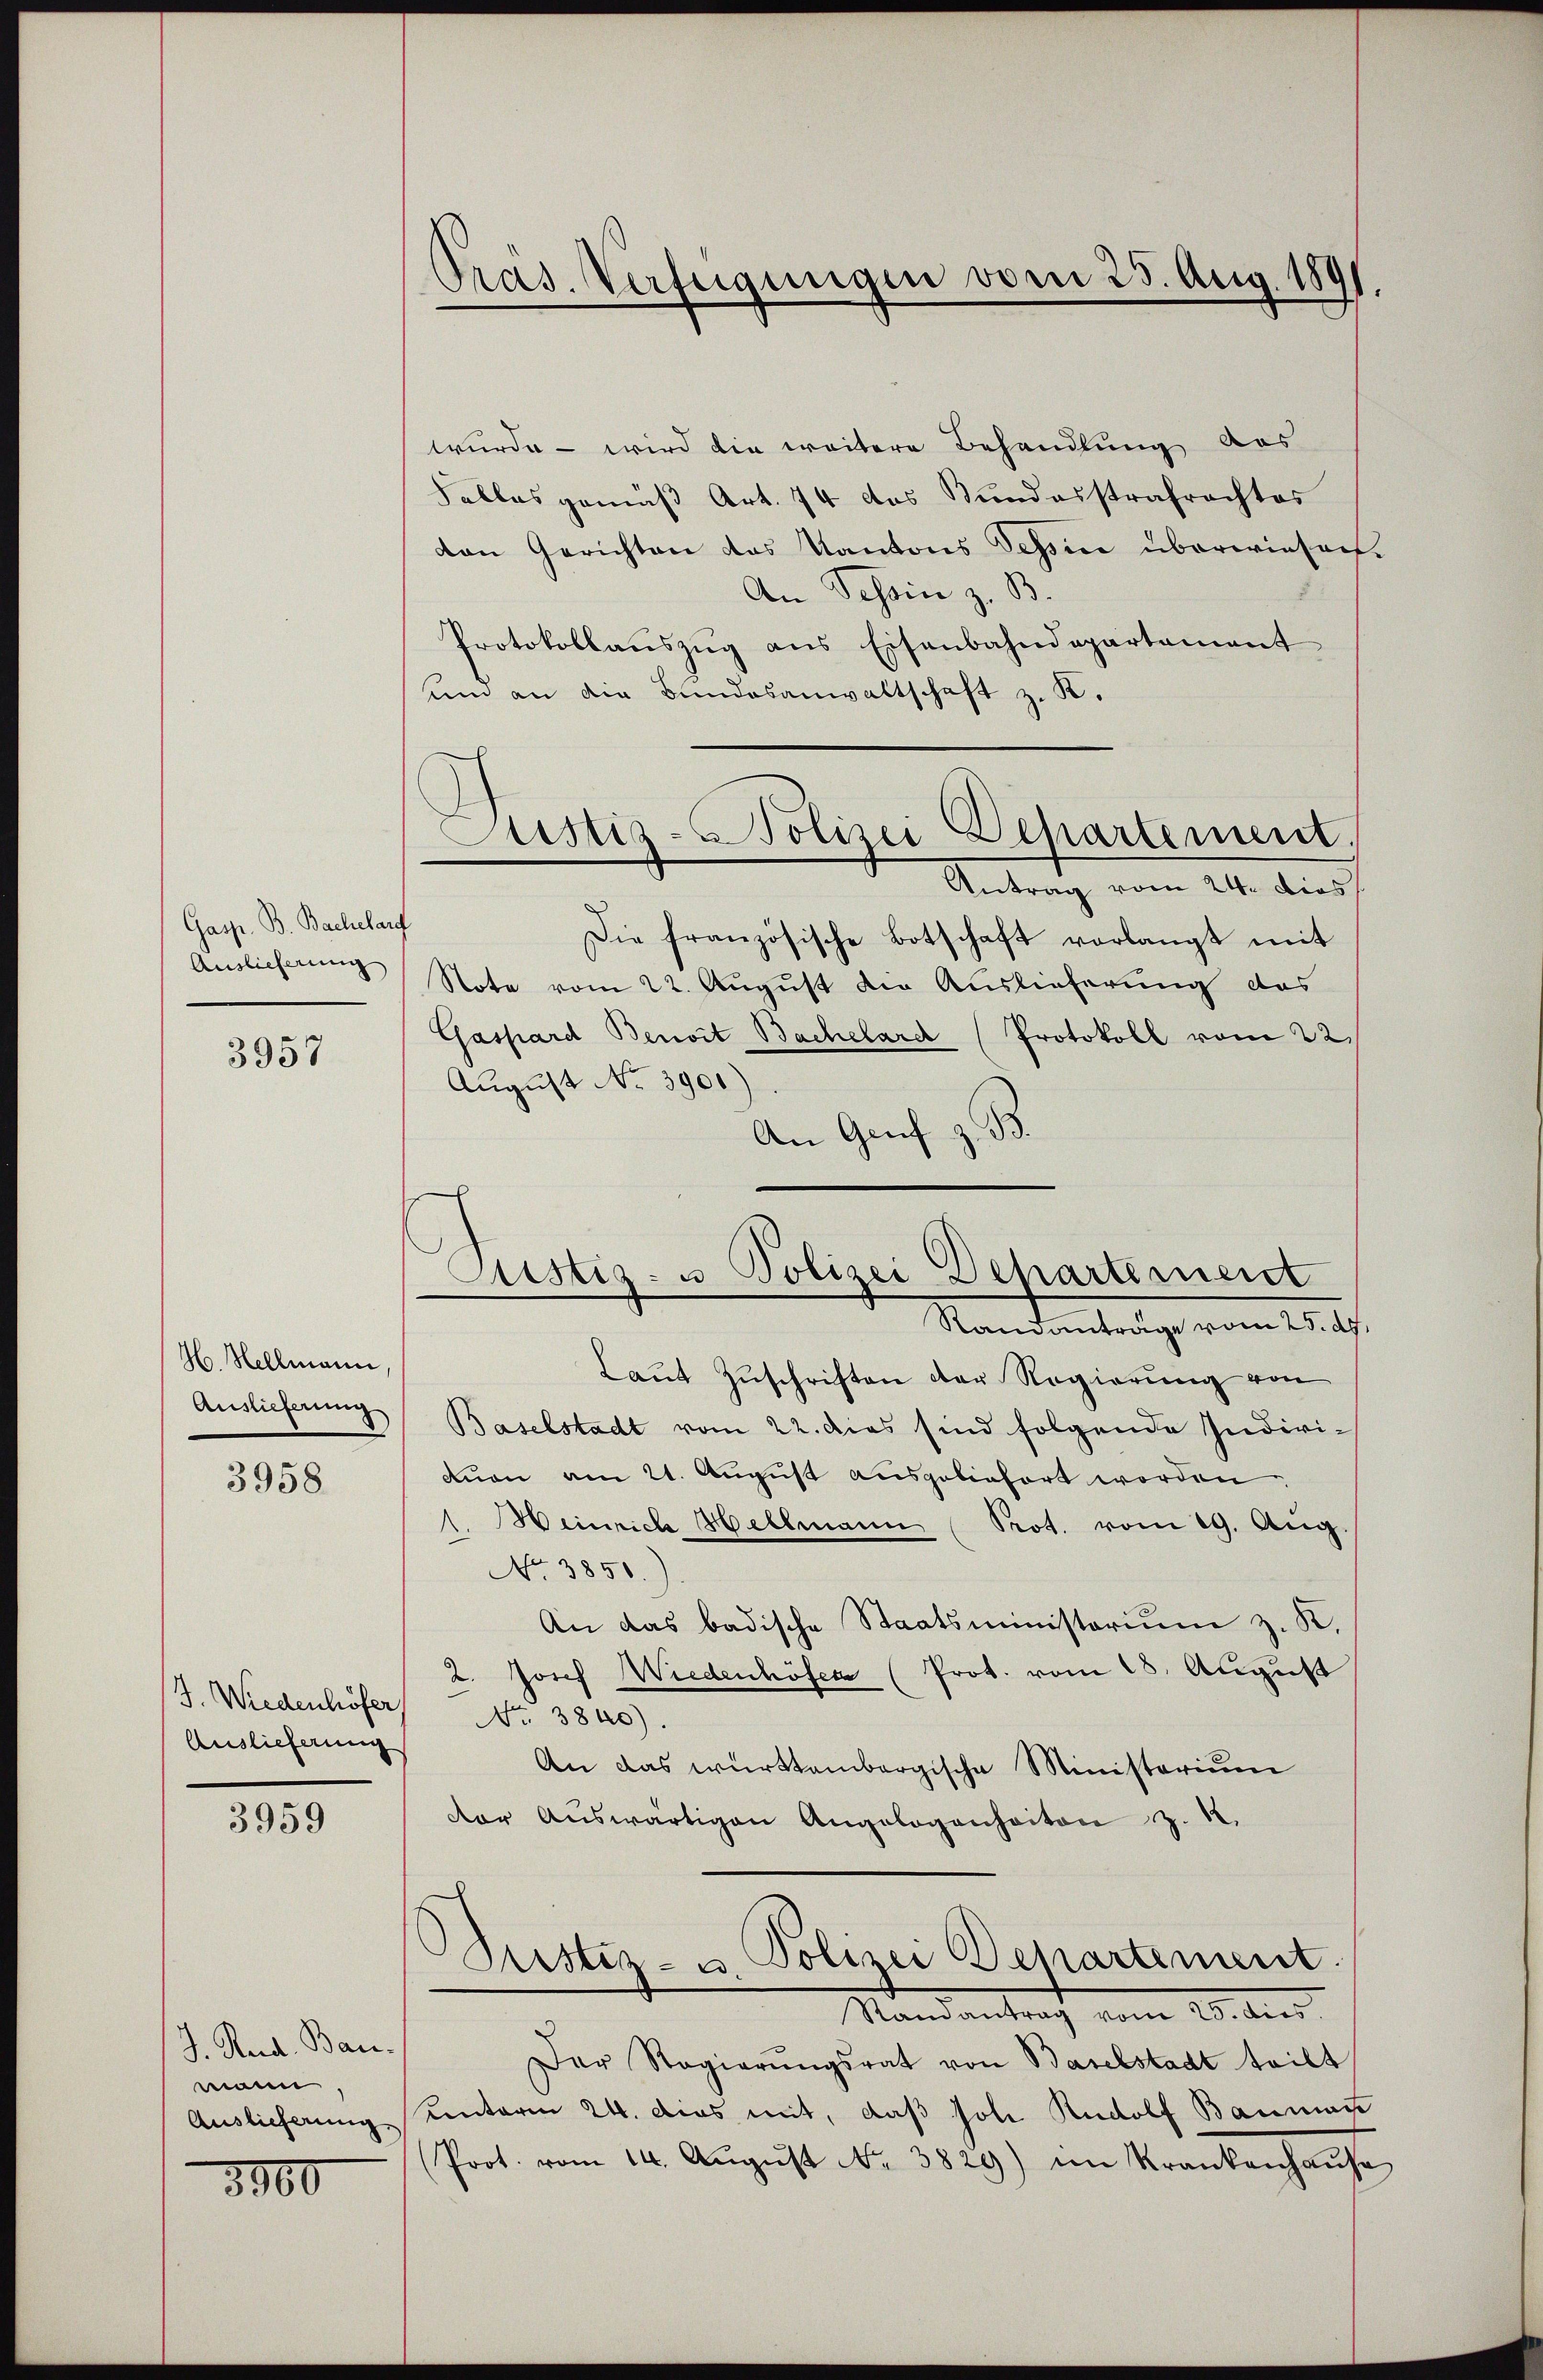
Gasp. B. Bachelarf
Auslieferung

3957

H. Hellmann
Auslieferung

3958

J. Wiedenhöfer No. 3840).
Auslieferung

3959

J. Rud. Bau.
mann,
3900

Präs. Verfügungen vom 25. Aug. 1891.

wurde - wird die weitere Behandlung das
Falles gemäß Art. 74 das Kundesstrafrachtes
den Gerichten das Kantons Tessin überwiesen.
An Tessin z. B.
Protokollaŭszŭg ans Eisenbahndepartament
und an die Bundesanwaltschaft z. K.
Antrag vom 24. dies
Die französische Botschaft vorlangt mit
Note vom 22. August die Auslieferung das
Gaspard Benoit Bachelard (Protokoll vom 22.
August No. 3900).
An Genf z. B.
Standanträge vom 25. d.
Laŭt Zŭschriften der Regierŭng von
Baselstadt vom 22. dies sind folgende Indivituon am 21. August ausgeliefert worden
1. Weinrich Hellmann (Prot. vom 29. Aug
No 3851.)
An das badische Staatsministerium z. K.
2. Josef Wiedenhöfer (Prot. vom 18. August
An das württembergische Ministerium
der Aŭswärtigen Angelegenheiten z. 12.
Justiz- & Polizei Departement.
Mandantrag vom 20. dies
Der Regierŭngsrat von Baselstadt teilt
Auslieferung unterm 24. dies mit, daß Joh. Rudolf Bauman
Prot. vom 14. Aŭgŭst No. 3829) im Krankenhaŭse

Justiz-Polizei Departement,

Justiz- u Polizei Departement